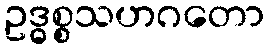
ဥဒ္ဓစ္စသဟဂတော